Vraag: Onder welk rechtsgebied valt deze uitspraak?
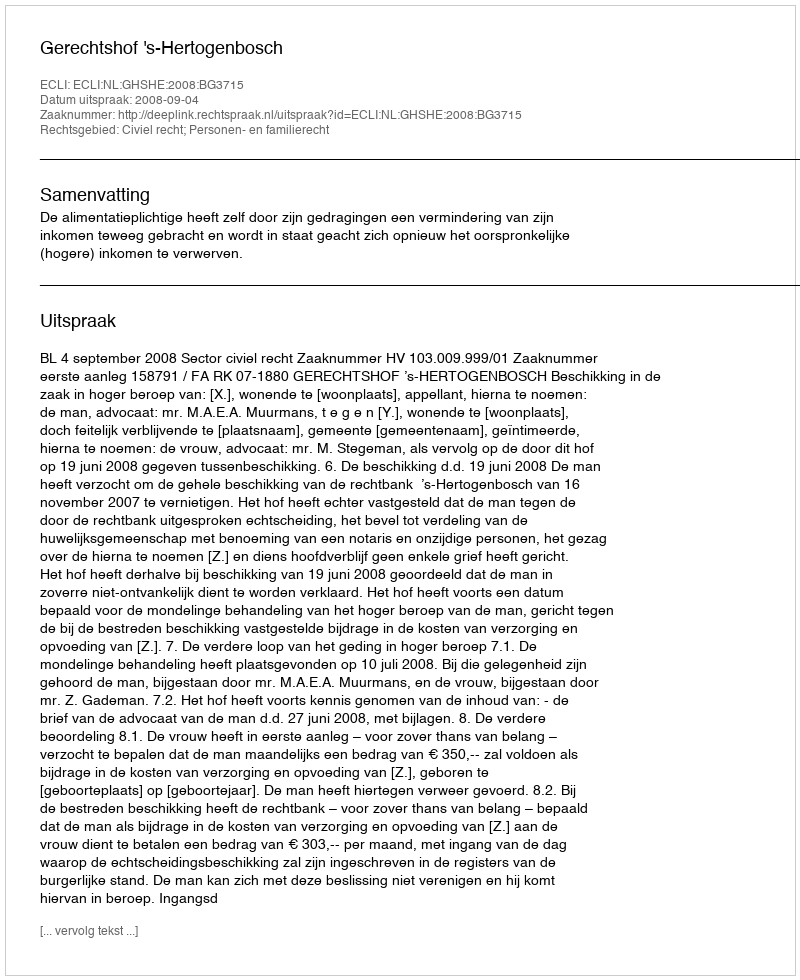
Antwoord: Civiel recht; Personen- en familierecht